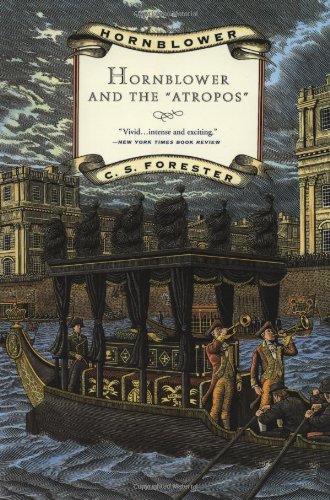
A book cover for Hornblower and the Atropos (Hornblower Saga); C. S. Forester; Literature & Fiction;